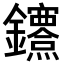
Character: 𨰔